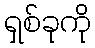
ရှစ်ခုကို